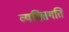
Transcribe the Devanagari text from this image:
व्यक्तिगति